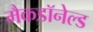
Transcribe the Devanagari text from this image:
मैकडॉनेल्ड